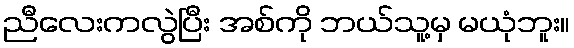
ညီလေးကလွဲပြီး အစ်ကို ဘယ်သူ့မှ မယုံဘူး။